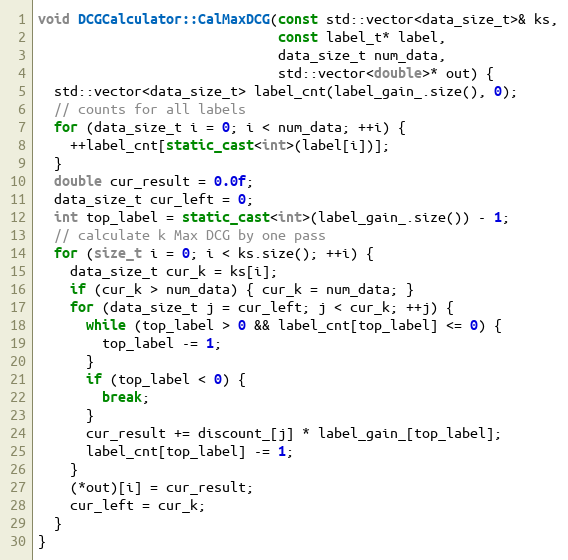
Language: C++
void DCGCalculator::CalMaxDCG(const std::vector<data_size_t>& ks,
                              const label_t* label,
                              data_size_t num_data,
                              std::vector<double>* out) {
  std::vector<data_size_t> label_cnt(label_gain_.size(), 0);
  // counts for all labels
  for (data_size_t i = 0; i < num_data; ++i) {
    ++label_cnt[static_cast<int>(label[i])];
  }
  double cur_result = 0.0f;
  data_size_t cur_left = 0;
  int top_label = static_cast<int>(label_gain_.size()) - 1;
  // calculate k Max DCG by one pass
  for (size_t i = 0; i < ks.size(); ++i) {
    data_size_t cur_k = ks[i];
    if (cur_k > num_data) { cur_k = num_data; }
    for (data_size_t j = cur_left; j < cur_k; ++j) {
      while (top_label > 0 && label_cnt[top_label] <= 0) {
        top_label -= 1;
      }
      if (top_label < 0) {
        break;
      }
      cur_result += discount_[j] * label_gain_[top_label];
      label_cnt[top_label] -= 1;
    }
    (*out)[i] = cur_result;
    cur_left = cur_k;
  }
}